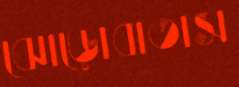
ঝোড়োবাতাস